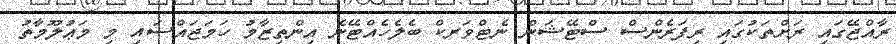
ރާއްޖޭގައި ރަށްތަކުގައި ރިފަރެންސް ސްޓޭޝަން ނެޓްވަރކް ބެލެހެއްޓޭނެ އިންތިޒާމު ހަމަޖައްސައި މި މަޢުލޫމާތު